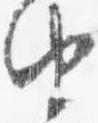
由